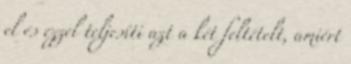
el és ezzel teljesíti azt a két feltételt, amiért